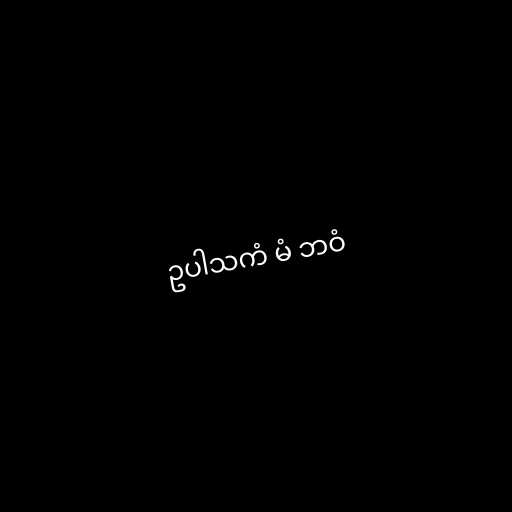
ဥပါသကံ မံ ဘဝံ